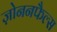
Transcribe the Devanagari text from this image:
ज़ोननफैल्स